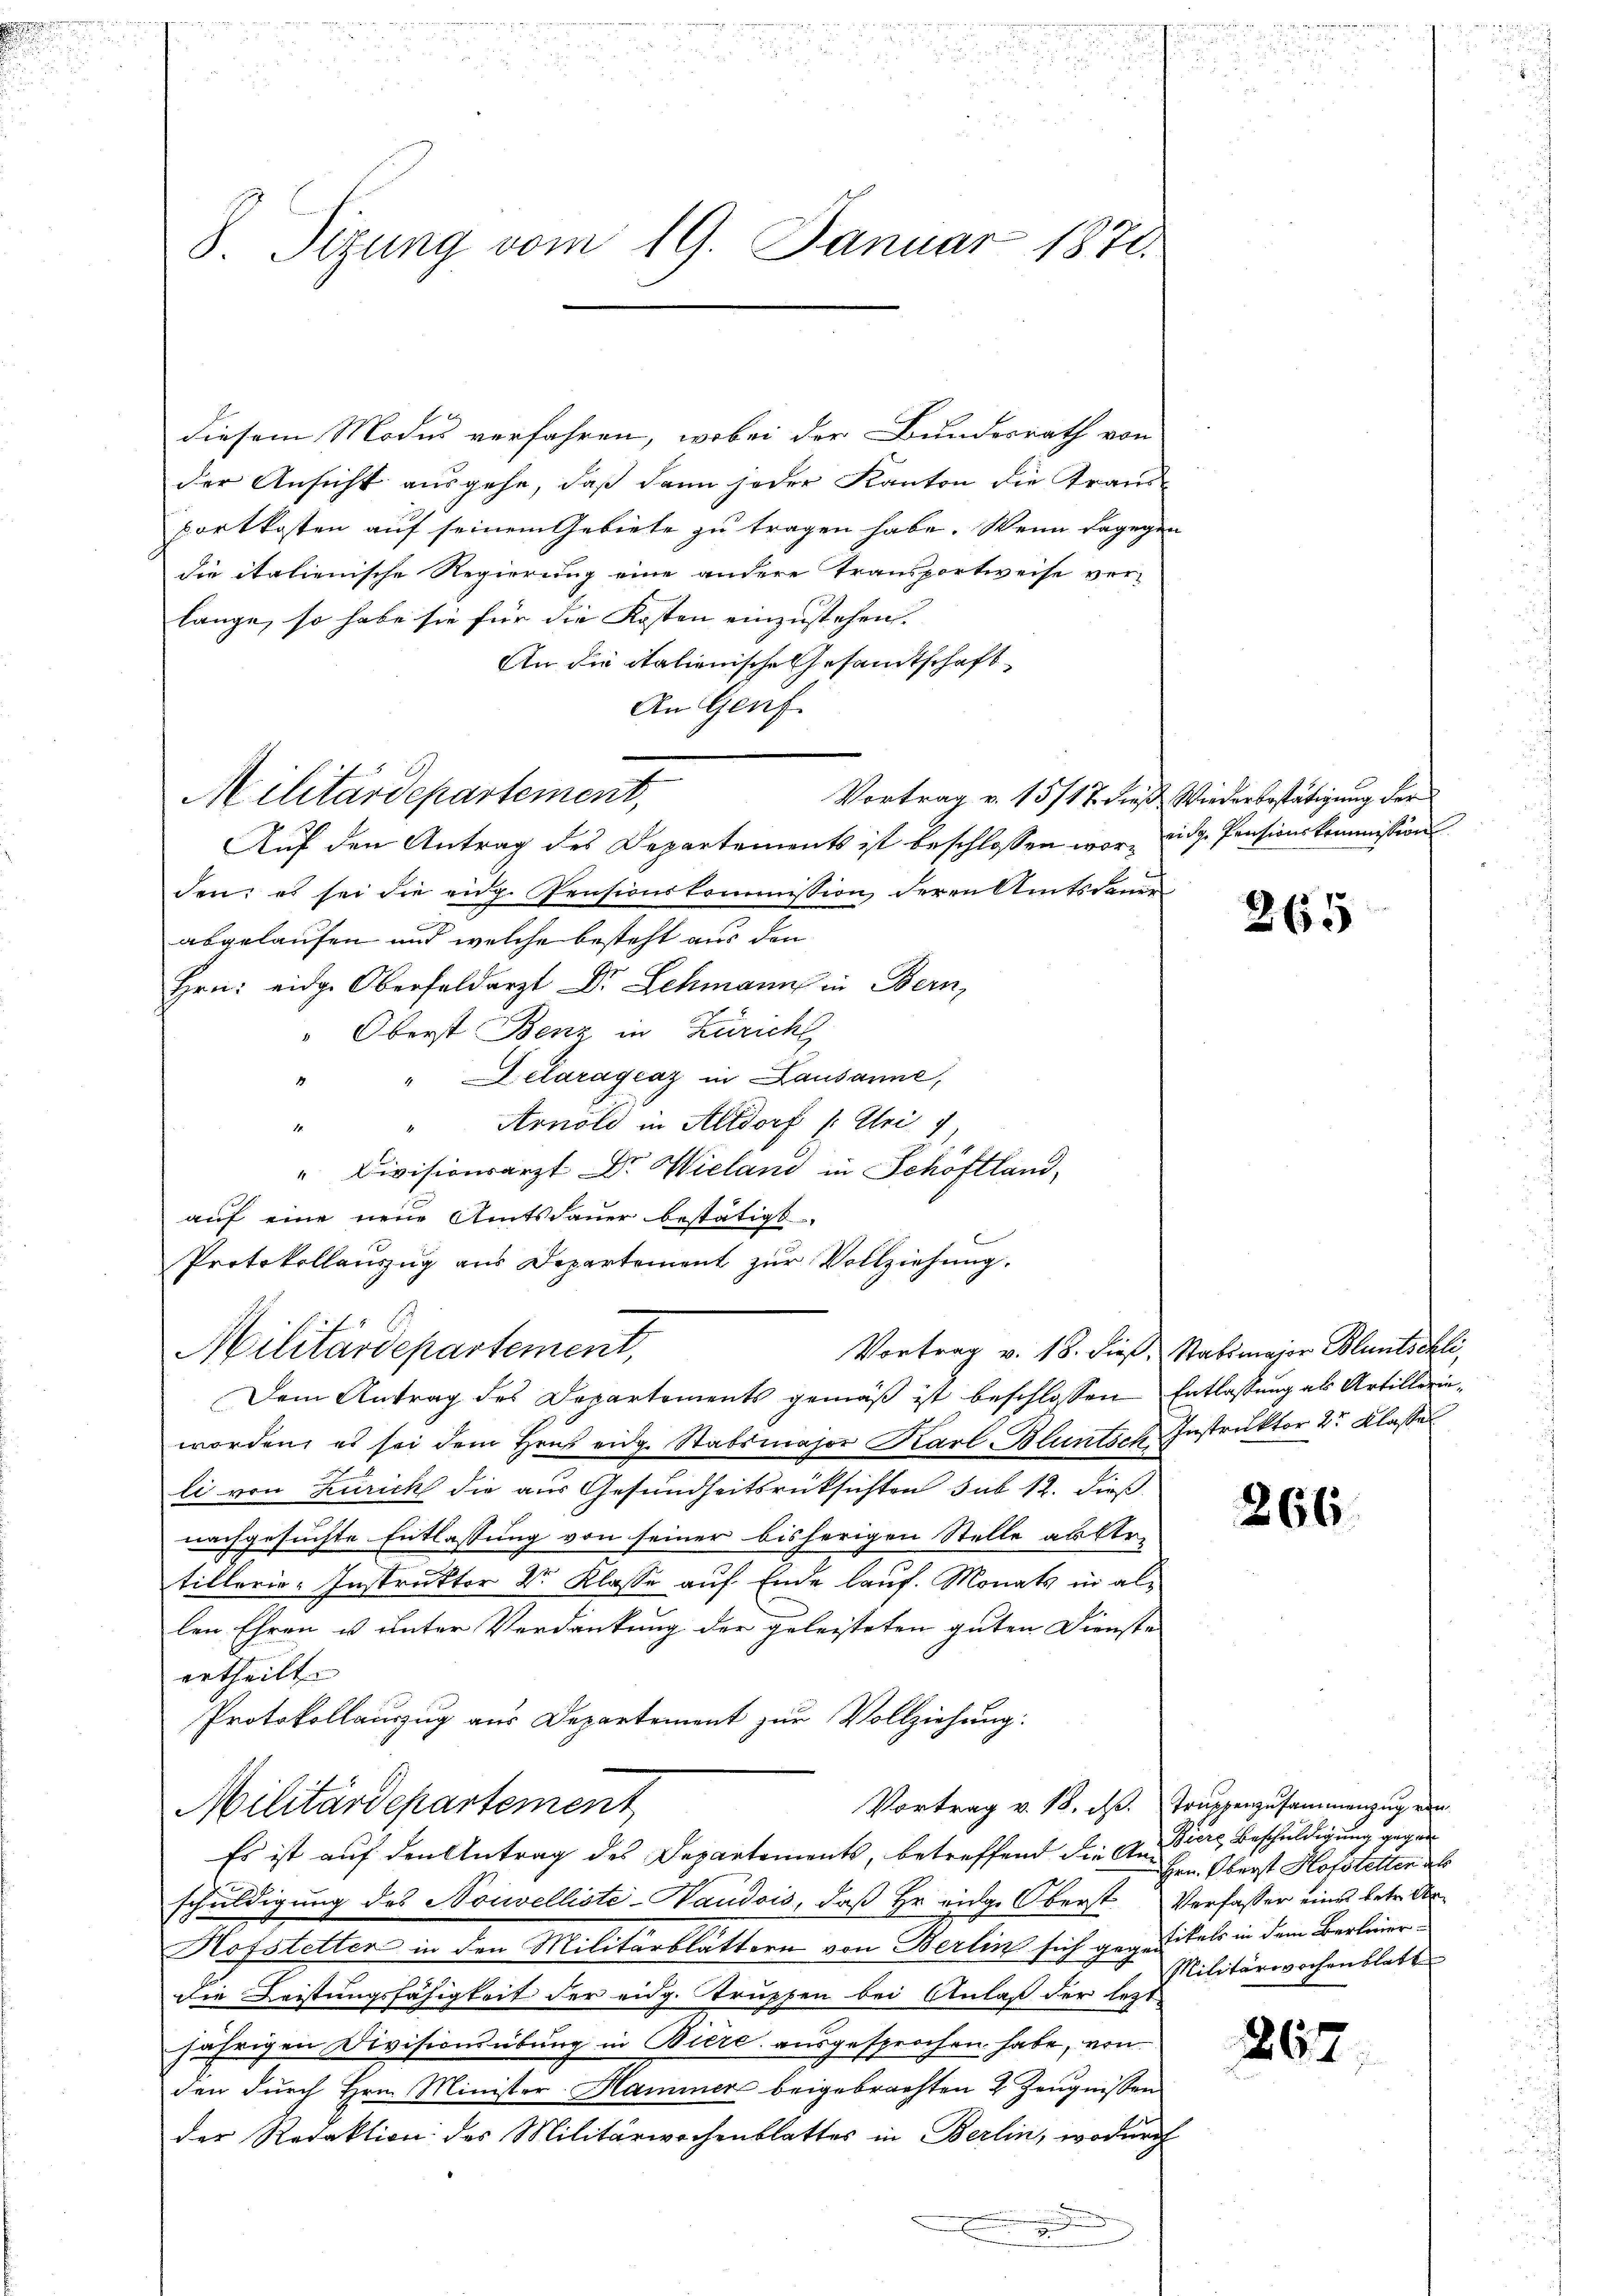
.

8 Sizung vom 19. Januar 1871.

diesem Modus verfahren, wobei der Bundesrath von
der Ansicht ausgehe, daß dann jeder Kanton die Traus¬
Fortkosten auf seinem Gebiete zu tragen habe. Wenn dagegen
die italienische Regierung eine andere Transportweise ver-
lange, so habe sie für die Kosten einzustehen.
An die italienische Gesamtschaft
An Genf
Vortrag v. 15/17 dieß Wiederbestätigung der
Auf den Antrag des Departements ist beschlossen war, eidg. Pensionskommission
den: es sei die eidg. Pensionskommission deren Amtsdaue
abgelaufen und welche besteht aus den
Hrn. eidge Oberfeldarzt Dr. Schmann in Bern,
" Oberst Benz in Zürich
" Lelaragraz in Lausanne,
8
" Arnold in Altdorf (: Uri
11.
" Divisionsarzt Dr. Wieland in Schoftland,
auf eine neue Amtsdauer bestätigt.
Protokollauszug aus Departement zŭr Vollziehung.
Vortrag v. 18. dieß. Stabsmajor Bluntschli,
Militärdepartement,
Dem Antrag des Departements gemäß ist beschlossen Entlassung als Artillerinworden, es sei dem Haus eidg. Stabsmajor Karl Bluntsch Instruktor 2r Klasse
li von Zürich die aus Gesundheitsrücksichten sub 12. dieß
nachgesuchte Entlassung von seiner bisherigen Stelle abler-
tillerie-Instruktor Dr. Klasse auf Ende lauf. Monats in allen Ehren u unter Verdankung der geleisteten guten Dienste
ertheilt.
Protokollauszug aus Departement zur Vollziehung:
Vortrag v. 18. ds. Truppenzusammenzug ein
Militärdepartement
Es ist auf den Antrag des Departements, betreffend die Audiere Beschuldigung gegen
schuldigung des Nouvelliste-Saudois, daß Hr. eidge Oberst Verfasser eines betr. d
Hofstetten in den Militärblättern von Berlin sich gegentitels in dem Berlier
Die Leistungsfähigkeit der eidg. Truppen bei Anlaß der letzt-
jährigen Divisionsübung in Biere ausgesprochen habe, von
den dŭrch Hrn. Minister Hammer beigebrachten 2 Zeŭgnissen
der Redaktion des Militärwochenblattes in Berlin, wodurch
i

Militärdepartement,

Hrn. Oberst Hofstetten als
Militärwochenblatt

265

266

267

d